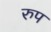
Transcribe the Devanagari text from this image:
रुप